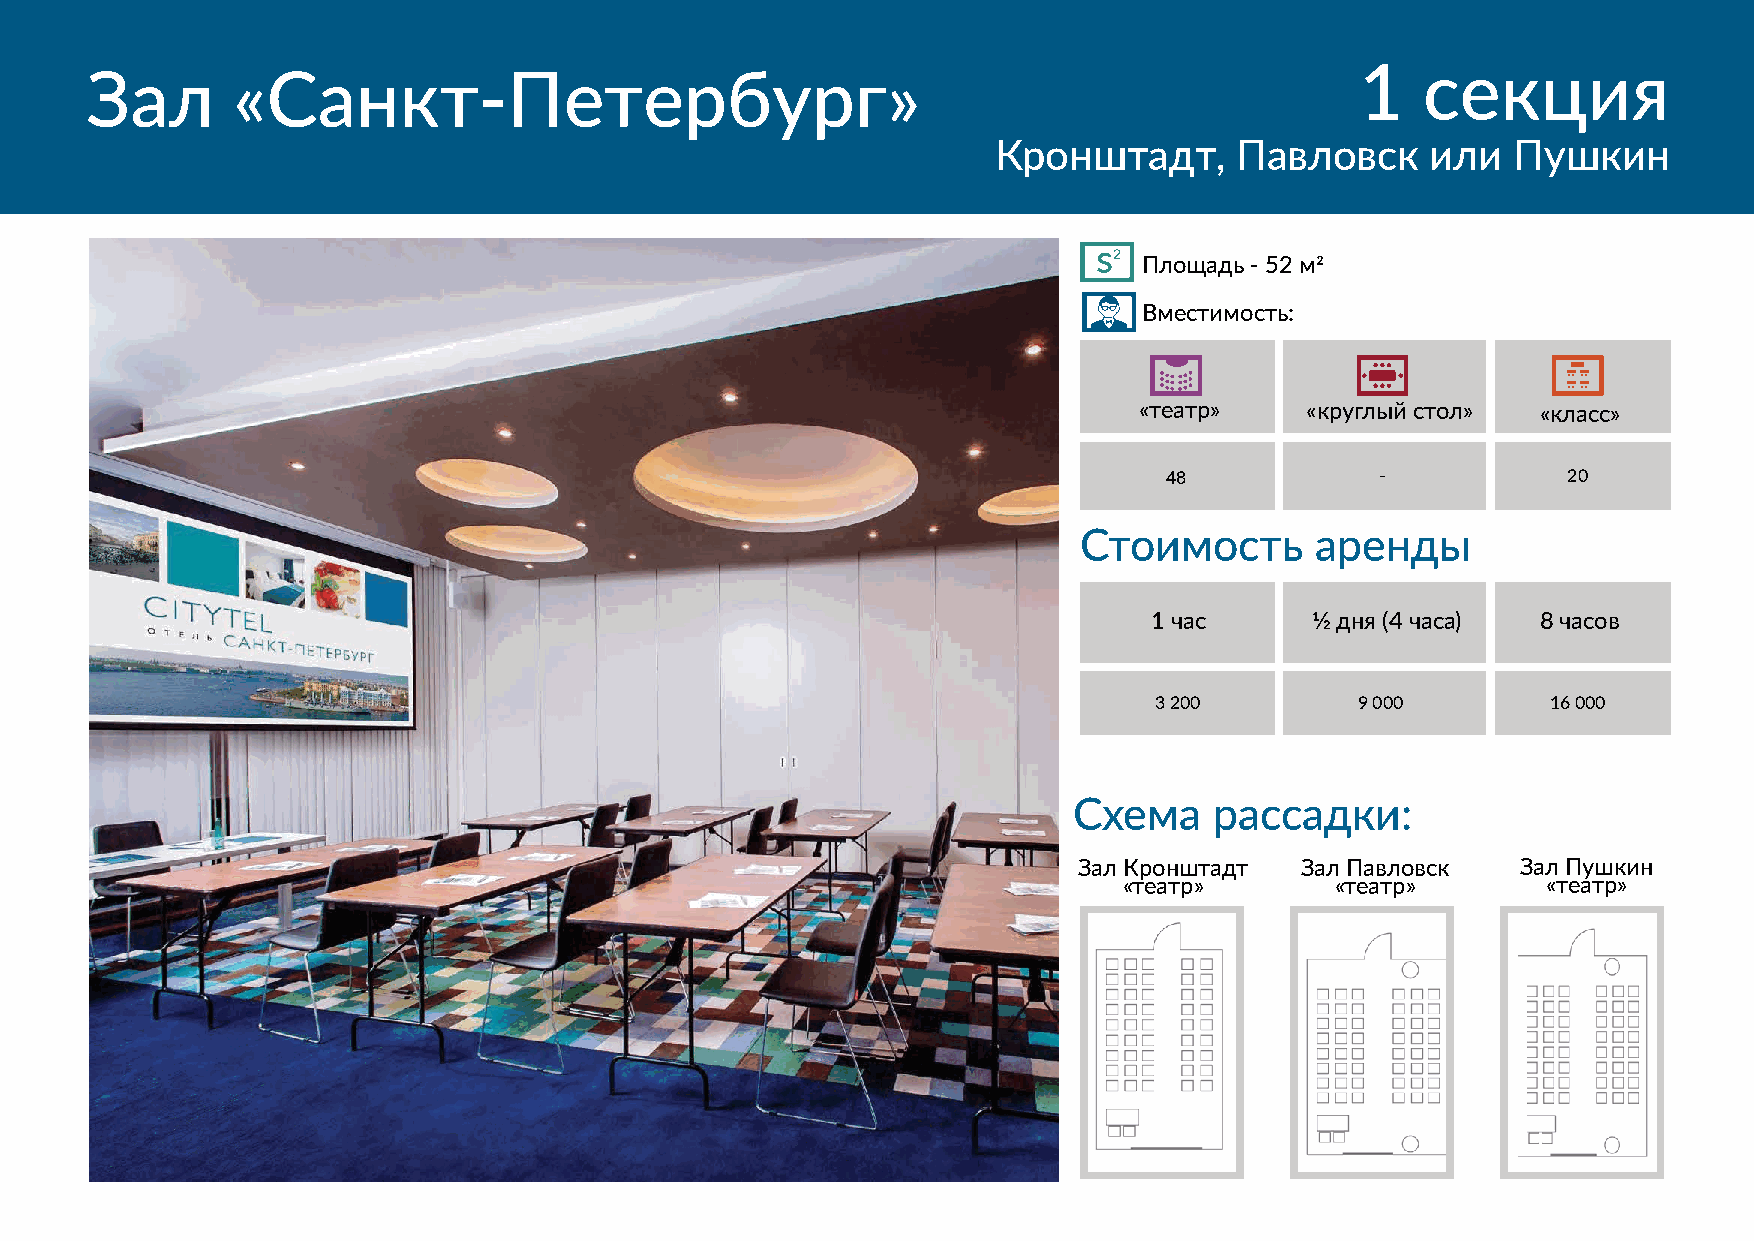
1   секция
 Зал      «Санкт-Петербург»
 Кронштадт,      Павловск     или  Пушкин
 s2
 Площадь - 52 м2
 Вместимость:
 «театр»    «круглый стол»  «класс»
 48            -            20
 Стоимость      аренды
 1 час      1⁄2 дня (4 часа) 8 часов
 3 200         9 000        16 000
 Схема    рассадки:
 Зал Кронштадт  Зал Павловск   Зал Пушкин
 «театр»       «театр»       «театр»